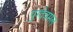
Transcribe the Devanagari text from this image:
पुरदेवमल